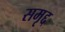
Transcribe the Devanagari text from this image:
समृद्द